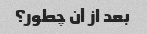
بعد از آن چطور؟